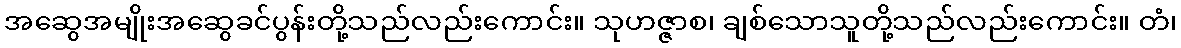
အဆွေအမျိုးအဆွေခင်ပွန်းတို့သည်လည်းကောင်း။ သုဟဇ္ဇာစ၊ ချစ်သောသူတို့သည်လည်းကောင်း။ တံ၊